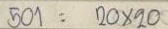
501 = 20 x 20